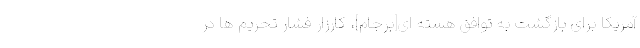
آمریکا برای بازگشت به توافق هسته ای[برجام]، کارزار فشار تحریم ها در